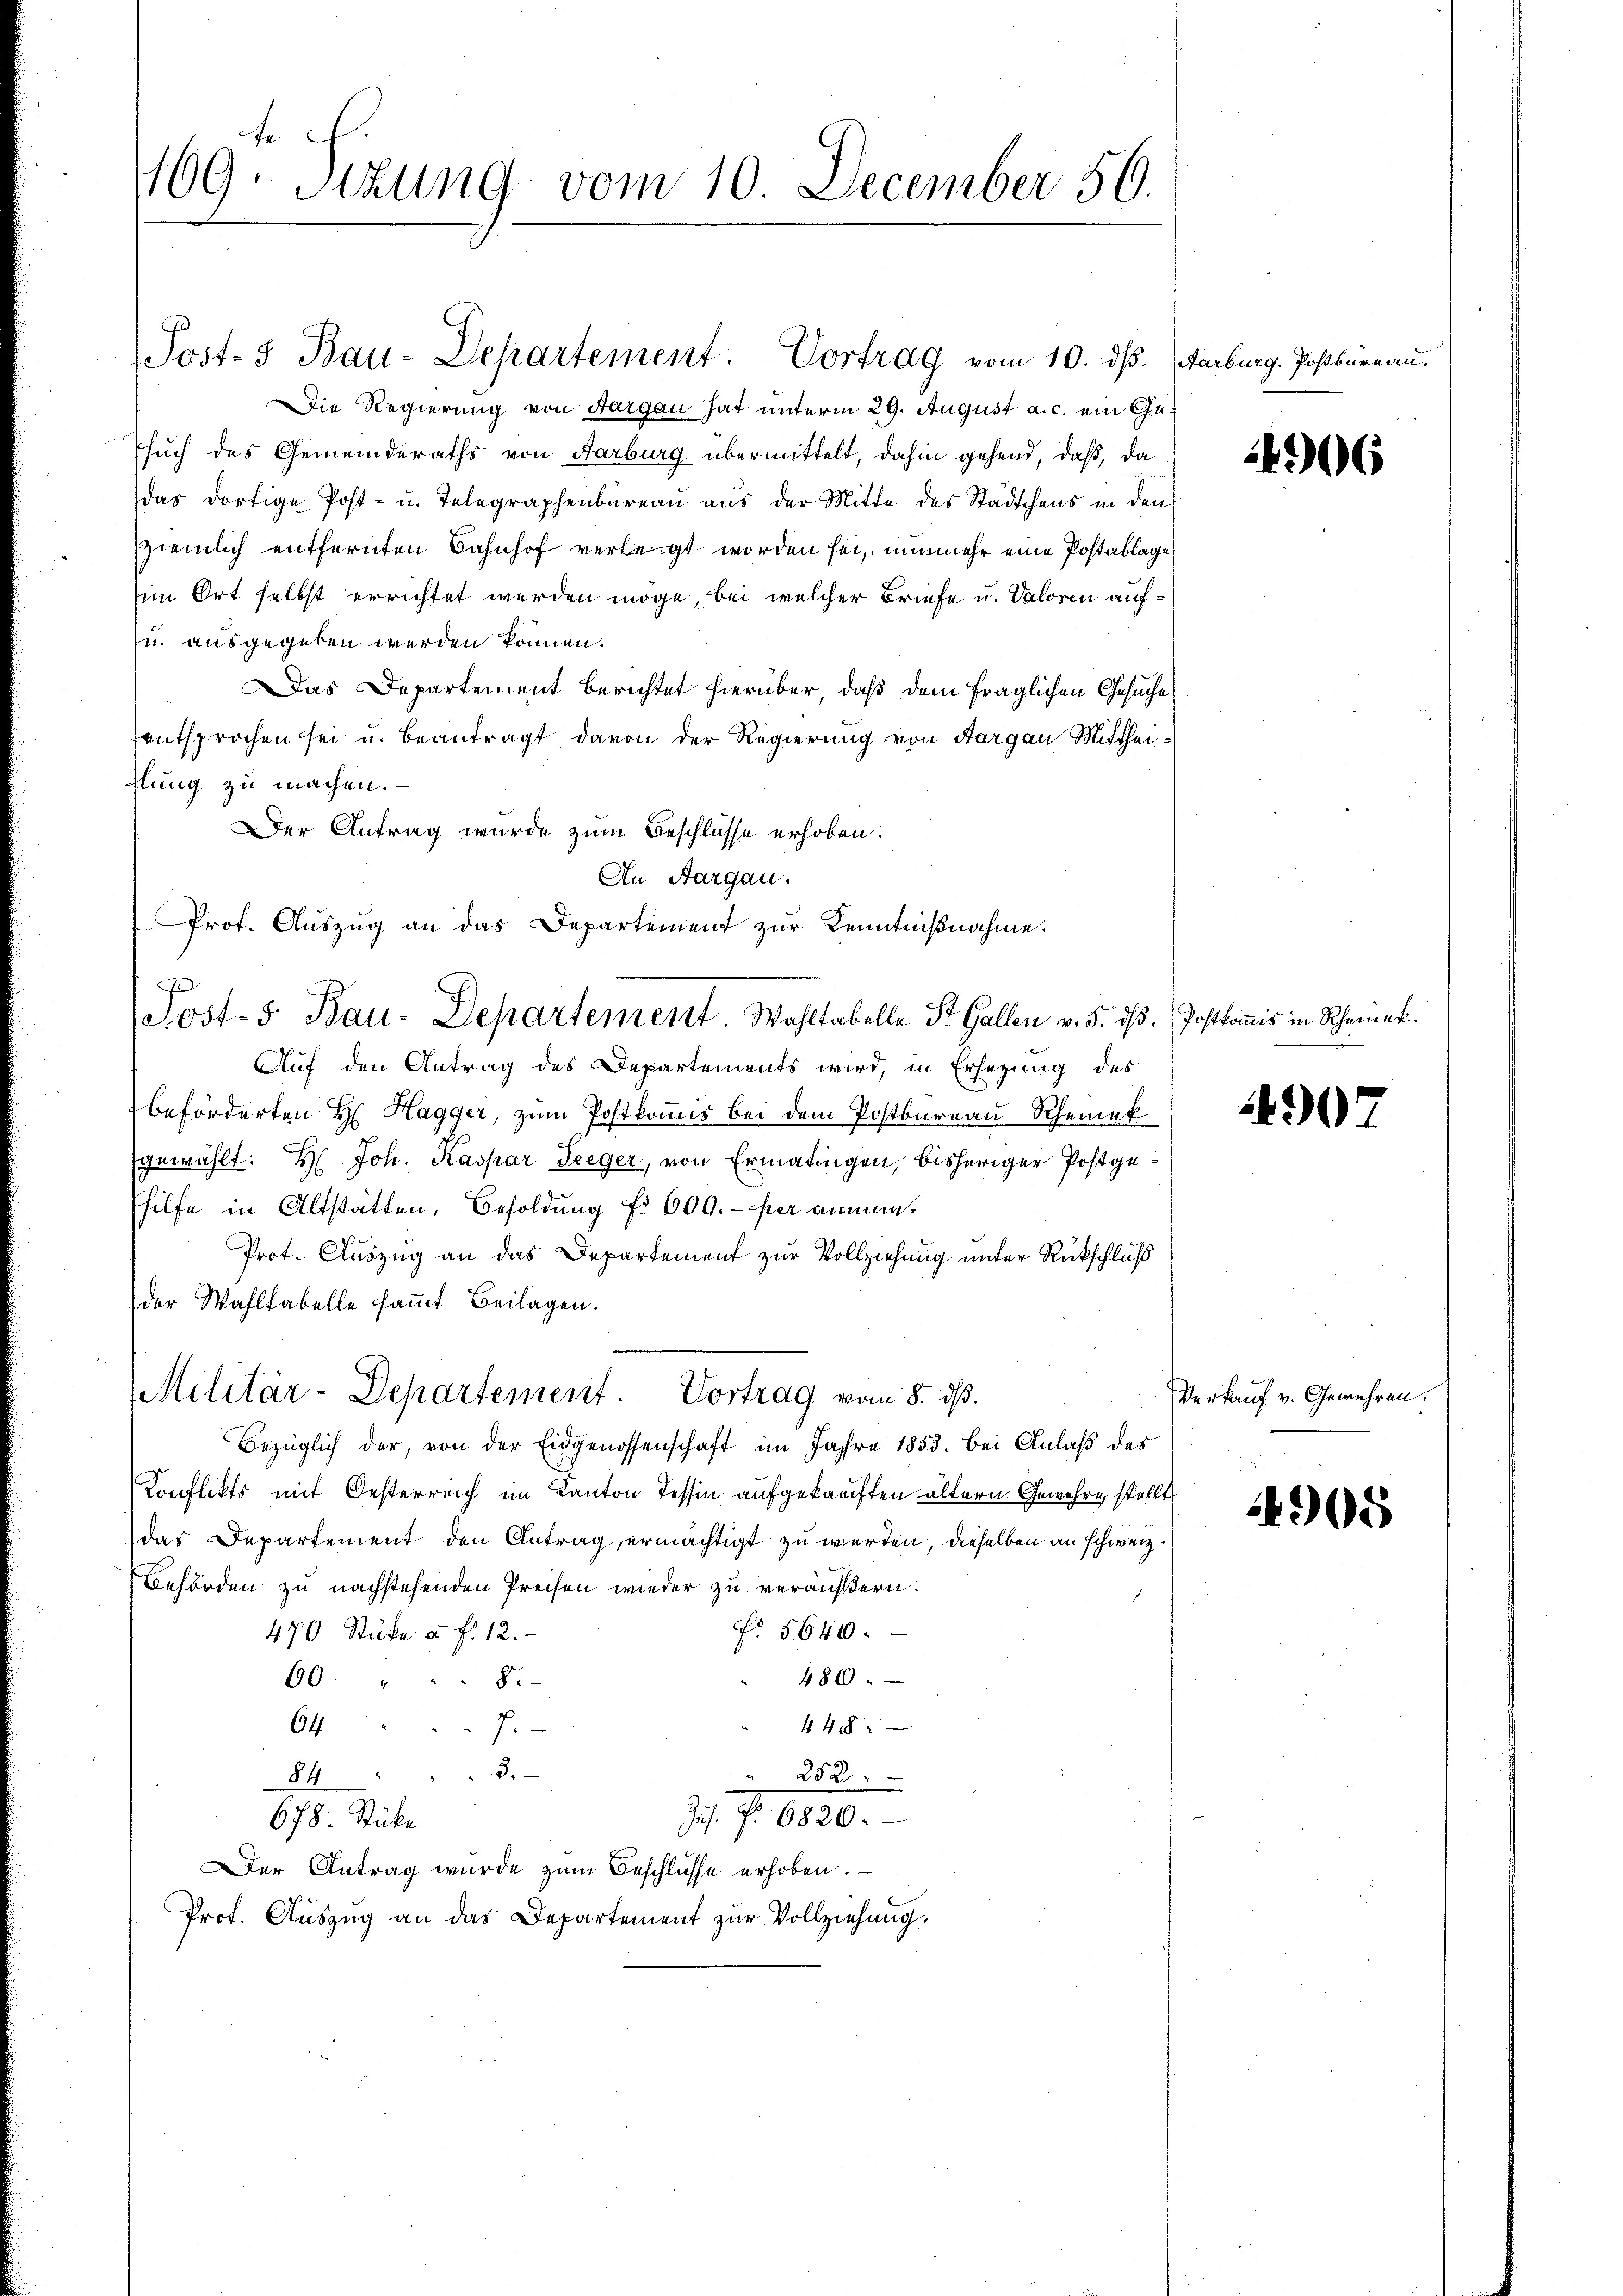
169. Sizung vom 10. December 56.

Post- 3 Bau-Departement. Vortrag vom 10. ds. Aarburg. Postbureau.
Die Regierung von Aargau hat unterm 29. August a. c. ein Gesuch des Gemeinderaths von Aarburg übermittelt, dahin gehend, daß, da
das dortige Post- u. Telegraphenbureau aus der Mitte des Städtchens in den
ziemlich entfernten Bahnhof verleigt worden sei, nunmehr eine Postablage
im Ort selbst errichtet werden möge, bei welcher Briefe u. Valoren auf¬
u. ausgegeben werden können.
Das Departement berichtet hierüber, daß dem fraglichen Gesuche
entsprochen sei u. beantragt davon der Regierung von Aargau Mittheihlung zu machen.
Der Antrag wurde zum Beschlüsse erhoben.
An Aargau.
Auf den Antrag des Departements wird, in Ersezung des
beförderten H. Hagger, zum Postkommis bei dem Postbureau Rheinek
gewählt: H. Joh. Kaspar Seeger, von Ermatingen, bisheriger Postgehilfe in Altstätten. Besoldung fr 600.- per anmen¬
Prot. Auszug an das Departement zur Vollziehung unter Rückschluß
der Wahltabelle samt Beilagen.
Militär-Departement. Vortrag vom 8. ds.
Bezüglich der, von der Eidgenossenschaft im Jahre 1853. bei Anlaß des
Konflikts mit Oesterreich im Kanton Tessin aufgekauften ältern Gewehre, stellt
das Departement den Antrag ermächtigt zu werden, dieselben an schweiz.
Behörden zu nachstehenden Preisen wieder zu veräußern.
No 5640.
470 Stücke a. f. 12.
486.
69. " " " 8.
448
64 " " 7
84 " " " 3.
 252
d. J. 1830.
678. Stücke
Der Antrag wurde zum Beschlüsse erhoben.
Prof. Auszug an das Departement zur Vollziehung.

Prof. Aŭszŭg an das Departement zur Kenntnißnahme.
Post- 5. Bau-Departement. Wohltabelle St. Gallen v. 5. ist. Postkommis in Scheint.

4906

1907

Verkauf v. Gewehren.

4905